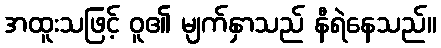
အထူးသဖြင့် ဝူ၏ မျက်နှာသည် နီရဲနေသည်။